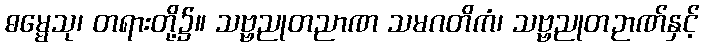
ဓမ္မေသု၊ တရားတို့၌။ သဗ္ဗညုတညာဏ သမဂတိကံ၊ သဗ္ဗညုတဉာဏ်နှင့်